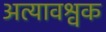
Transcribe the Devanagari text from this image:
अत्यावश्वक